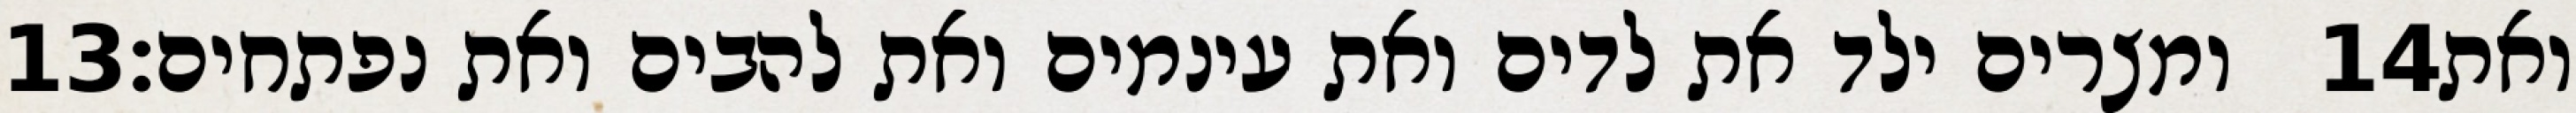
‎13‏ ומצרים ילד את לדים ואת עינמים ואת להבים ואת נפתחים׃ ‎14‏ ואת